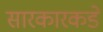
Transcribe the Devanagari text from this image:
सारकारकडे